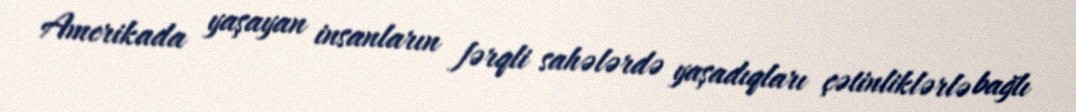
Amerikada yaşayan insanların fərqli sahələrdə yaşadıqları çətinliklərlə bağlı